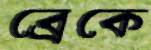
ব্রেকে